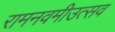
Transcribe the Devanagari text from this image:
रामनवमीउत्सव